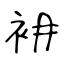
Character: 衻